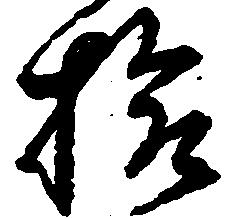
拾